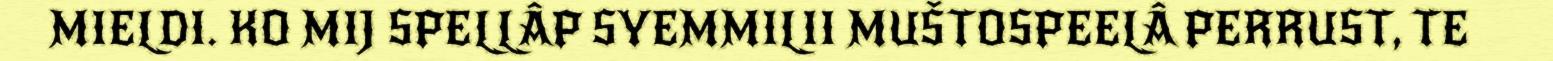
MIELDI. KO MIJ SPELLÂP SYEMMILII MUŠTOSPEELÂ PERRUST, TE